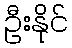
ဦးနိုင်